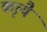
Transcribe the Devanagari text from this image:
कृत्यै